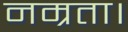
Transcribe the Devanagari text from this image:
नम्रता।